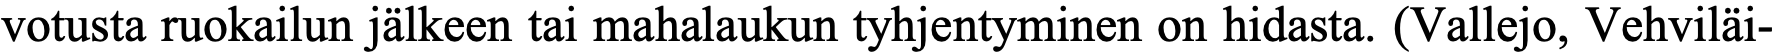
votusta ruokailun jälkeen tai mahalaukun tyhjentyminen on hidasta. (Vallejo, Vehviläi-